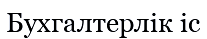
Бухгалтерлік іс